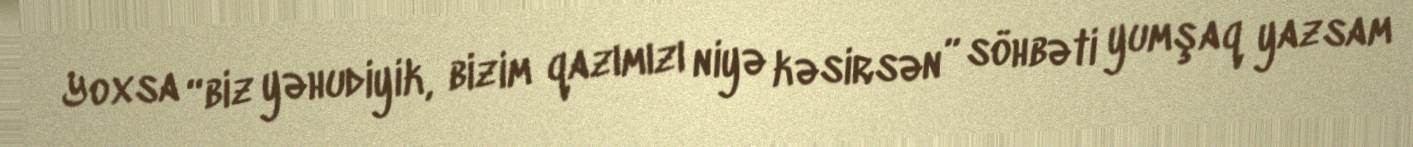
Yoxsa “biz yəhudiyik, bizim qazımızı niyə kəsirsən” söhbəti yumşaq yazsam